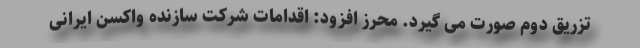
تزریق دوم صورت می گیرد. محرز افزود: اقدامات شرکت سازنده واکسن ایرانی